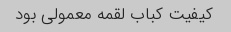
کیفیت کباب لقمه معمولی بود